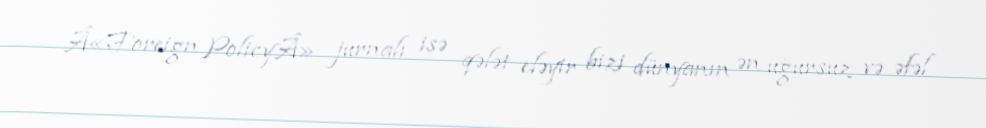
Â«Foreign PolicyÂ» jurnalı isə qələt eləyir bizi dünyanın ən uğursuz və əfəl